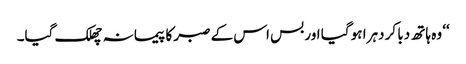
‘‘ وہ ہاتھ دبا کر دہرا ہو گیا اور بس اس کے صبر کا پیمانہ چھلک گیا۔